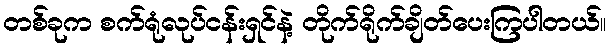
တစ်ခုက စက်ရုံလုပ်ငန်းရှင်နဲ့ တိုက်ရိုက်ချိတ်ပေးကြပါတယ်။